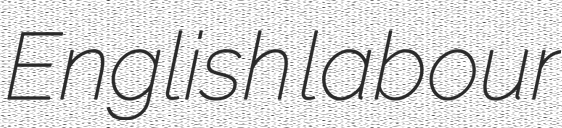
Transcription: English labour